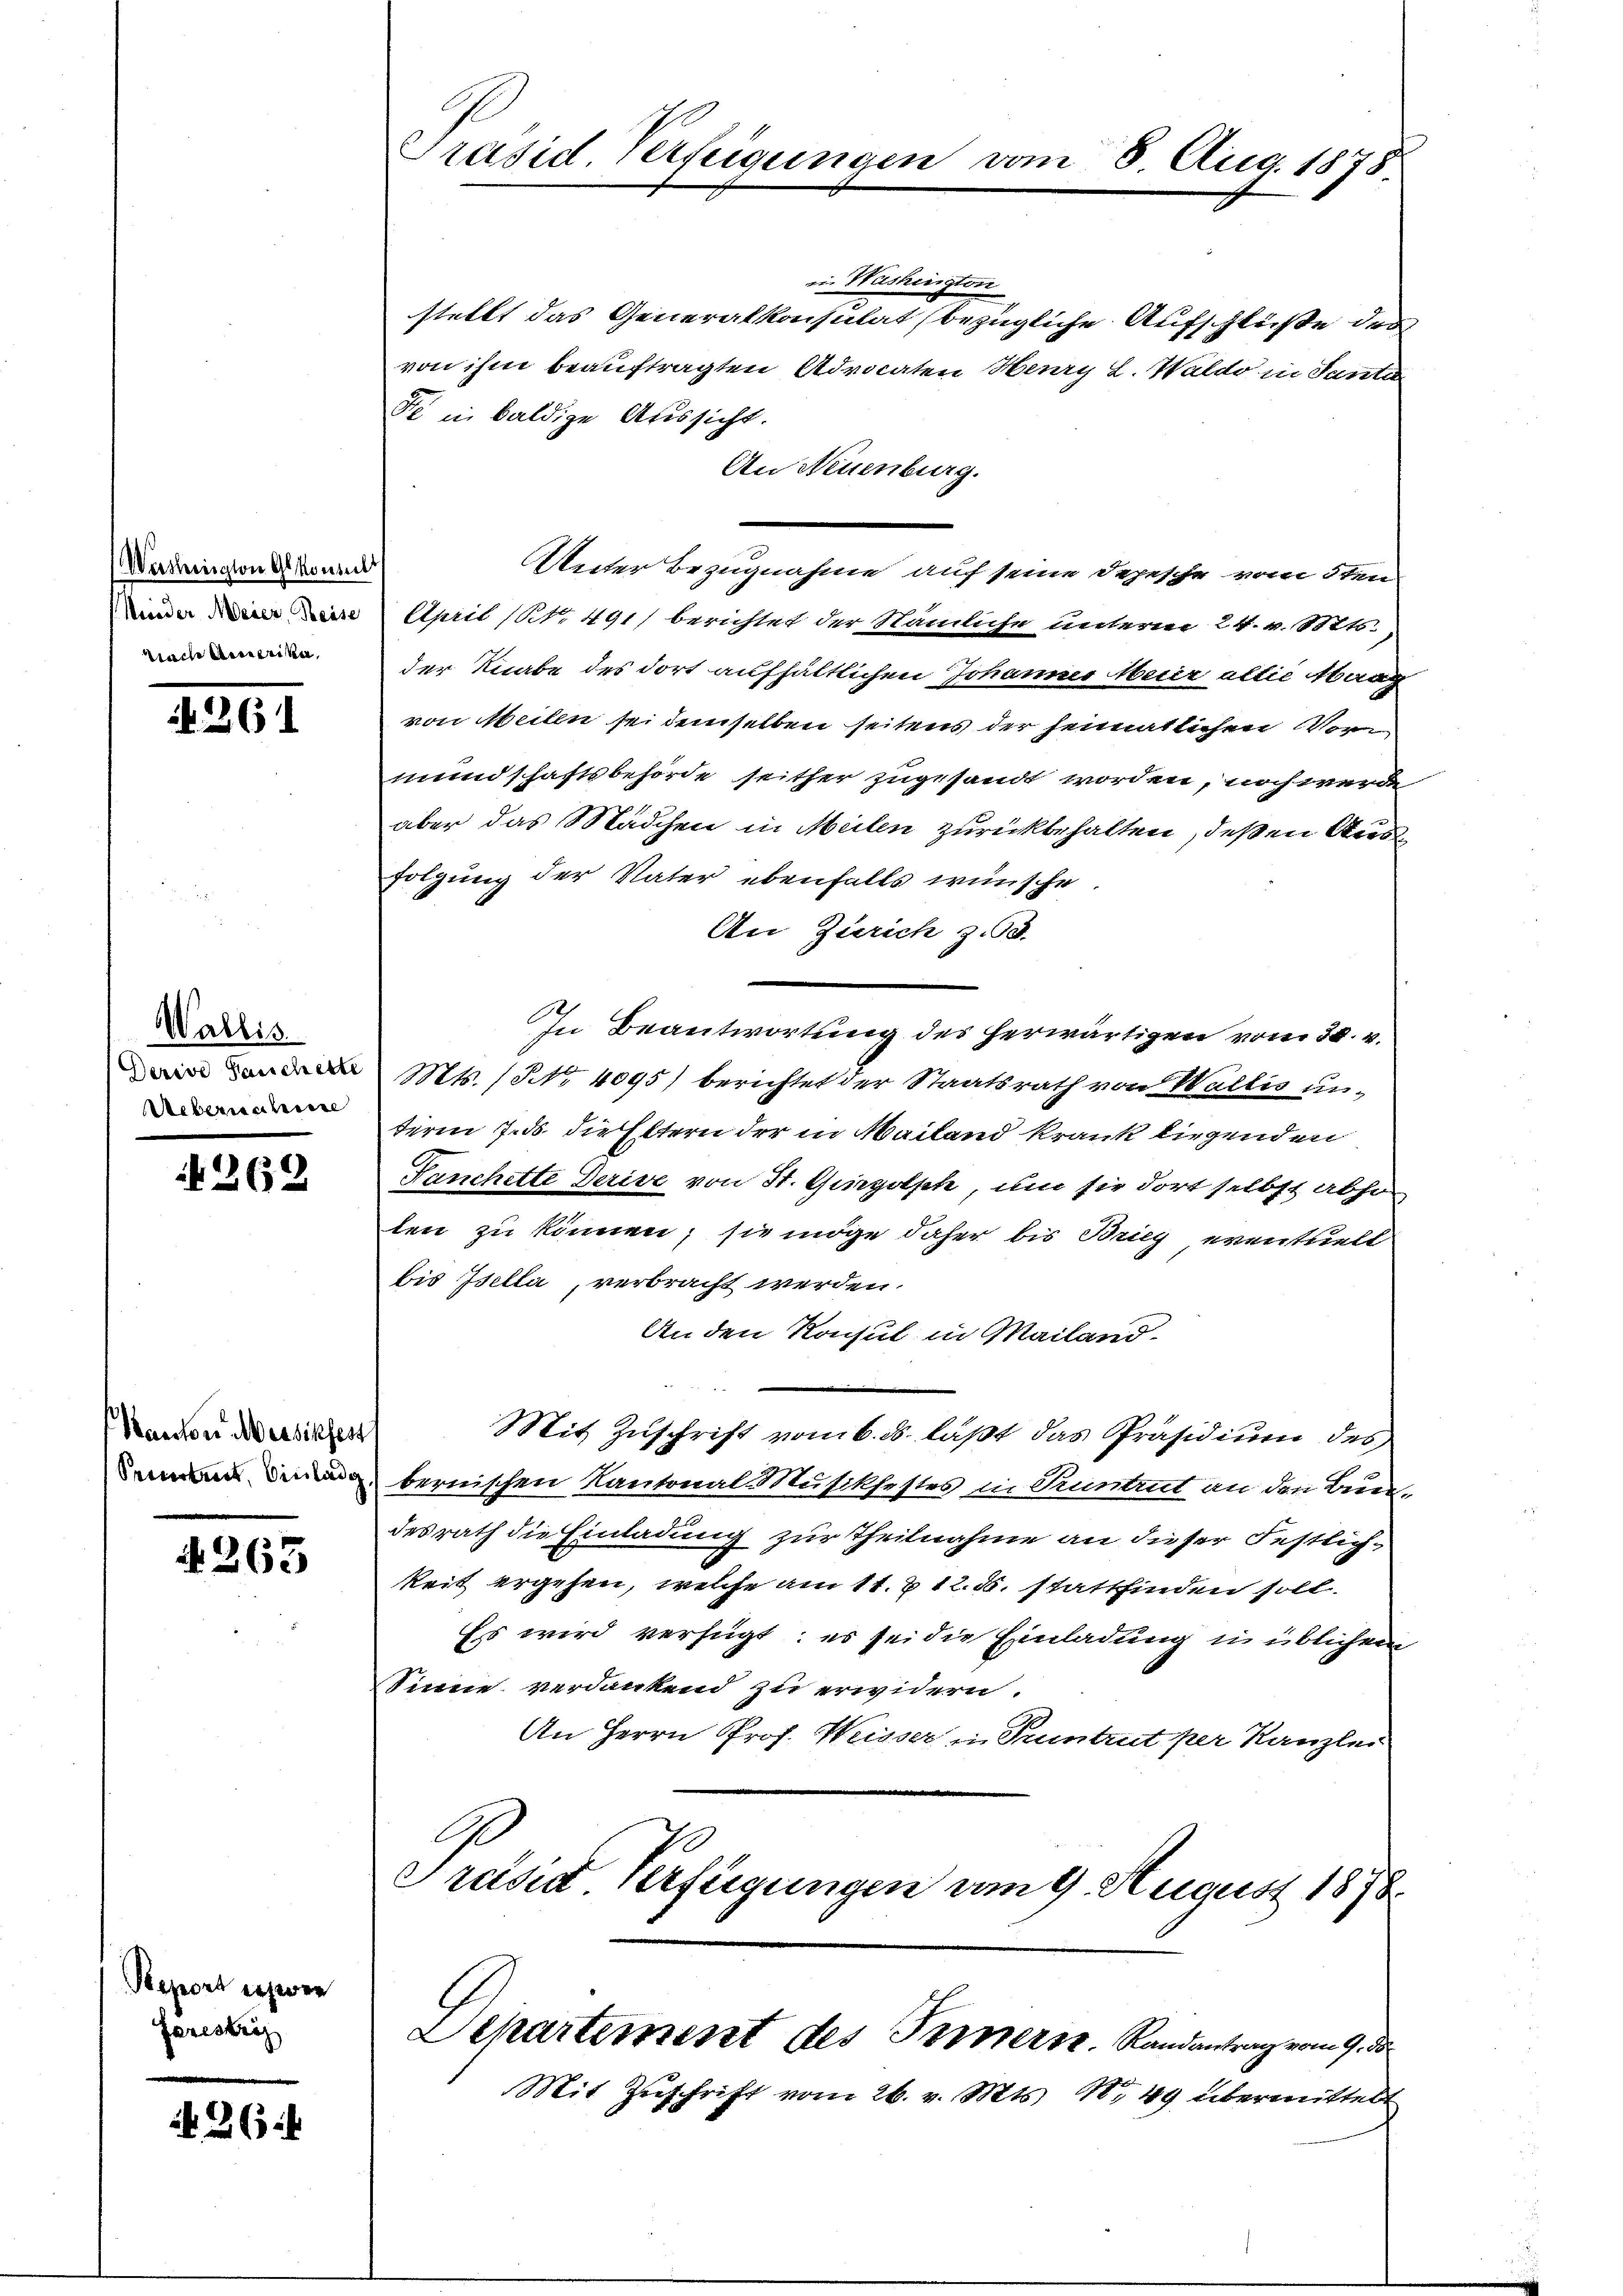
Präsid. Verfeigungen vom 8. Aug. 1878

in. Washington
stellt das Generalkonsulat (bezügliche Aufschlüße des
von ihm beauftragten Advocaten Henry L. Waldo in Santa
de in baldige Aussicht.
An Neuenburg.
Unter Bezugnahme auf seine Depesche vom 5ten
April (S. 491) berichtet der Nämliche unterm 24. v. Mts.
der Knabe des dort aufhältlichen Johannes Meier allie Maa
von Meilen sei demselben seitens der heimatlichen Vormundschaftsbehörde seither zugesandt worden, noch werde
aber das Mädchen in Meilen zurückbehalten, deßen Ausfolgung der Vater ebenfalls wünsche
An Zürich z. 58.
In Beantwortung des herwärtigen vom 30. v.
Mts. (NNo. 4095) berichtet der Staatsrath von Wallis unterm 7. ds. die Eltern der in Mailand krank birgenden
Fanchette Serive von St. Giezolsek, um sie dort selbst abso
ten zu können; sie möge daher bis Brieg eventuelt
bis Isella, verbracht werden.
An den Konsul in Mailand-
Mit Zuschrift vom 6. ds. läßt das Präsidium des
bernischen Kantonal Musikfestes in Pruntrut an den Bundesrath die Einladung zur Theilnahme an dieser Festlichkeit ergehen, welche am 11. 2. 12. d. stattfinden soll.
Es wird verfügt: es sei die Einladung in üblichem
Sinne verdankend zu erwidern.
An Herrn Prof. Weisser in Tuntrut per Kanzlei
Præsid Verfügungen vom 9. August 1876.
Departement des Innern. Randantrag vom 9. ds
Mit Zuschrift vom 26. v. Mts. 18, 49 übermittelt

(Werthington Glkonsult
Nieder Meier, Reise
Sache Beratrike,

No. 26

Wallis
Derive Hauchette
Uebernahme

269

Mancher Messikfest
Semestreit, Einladg

4263

Seport erwen
Farestrig

36 x